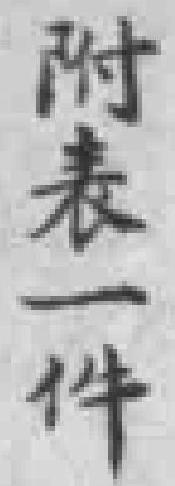
附表一件